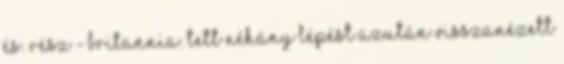
és. Rész - britannia. Tett néhány lépést azután visszanézett